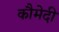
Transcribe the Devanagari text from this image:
कौमेदी